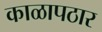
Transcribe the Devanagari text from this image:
काळापठार